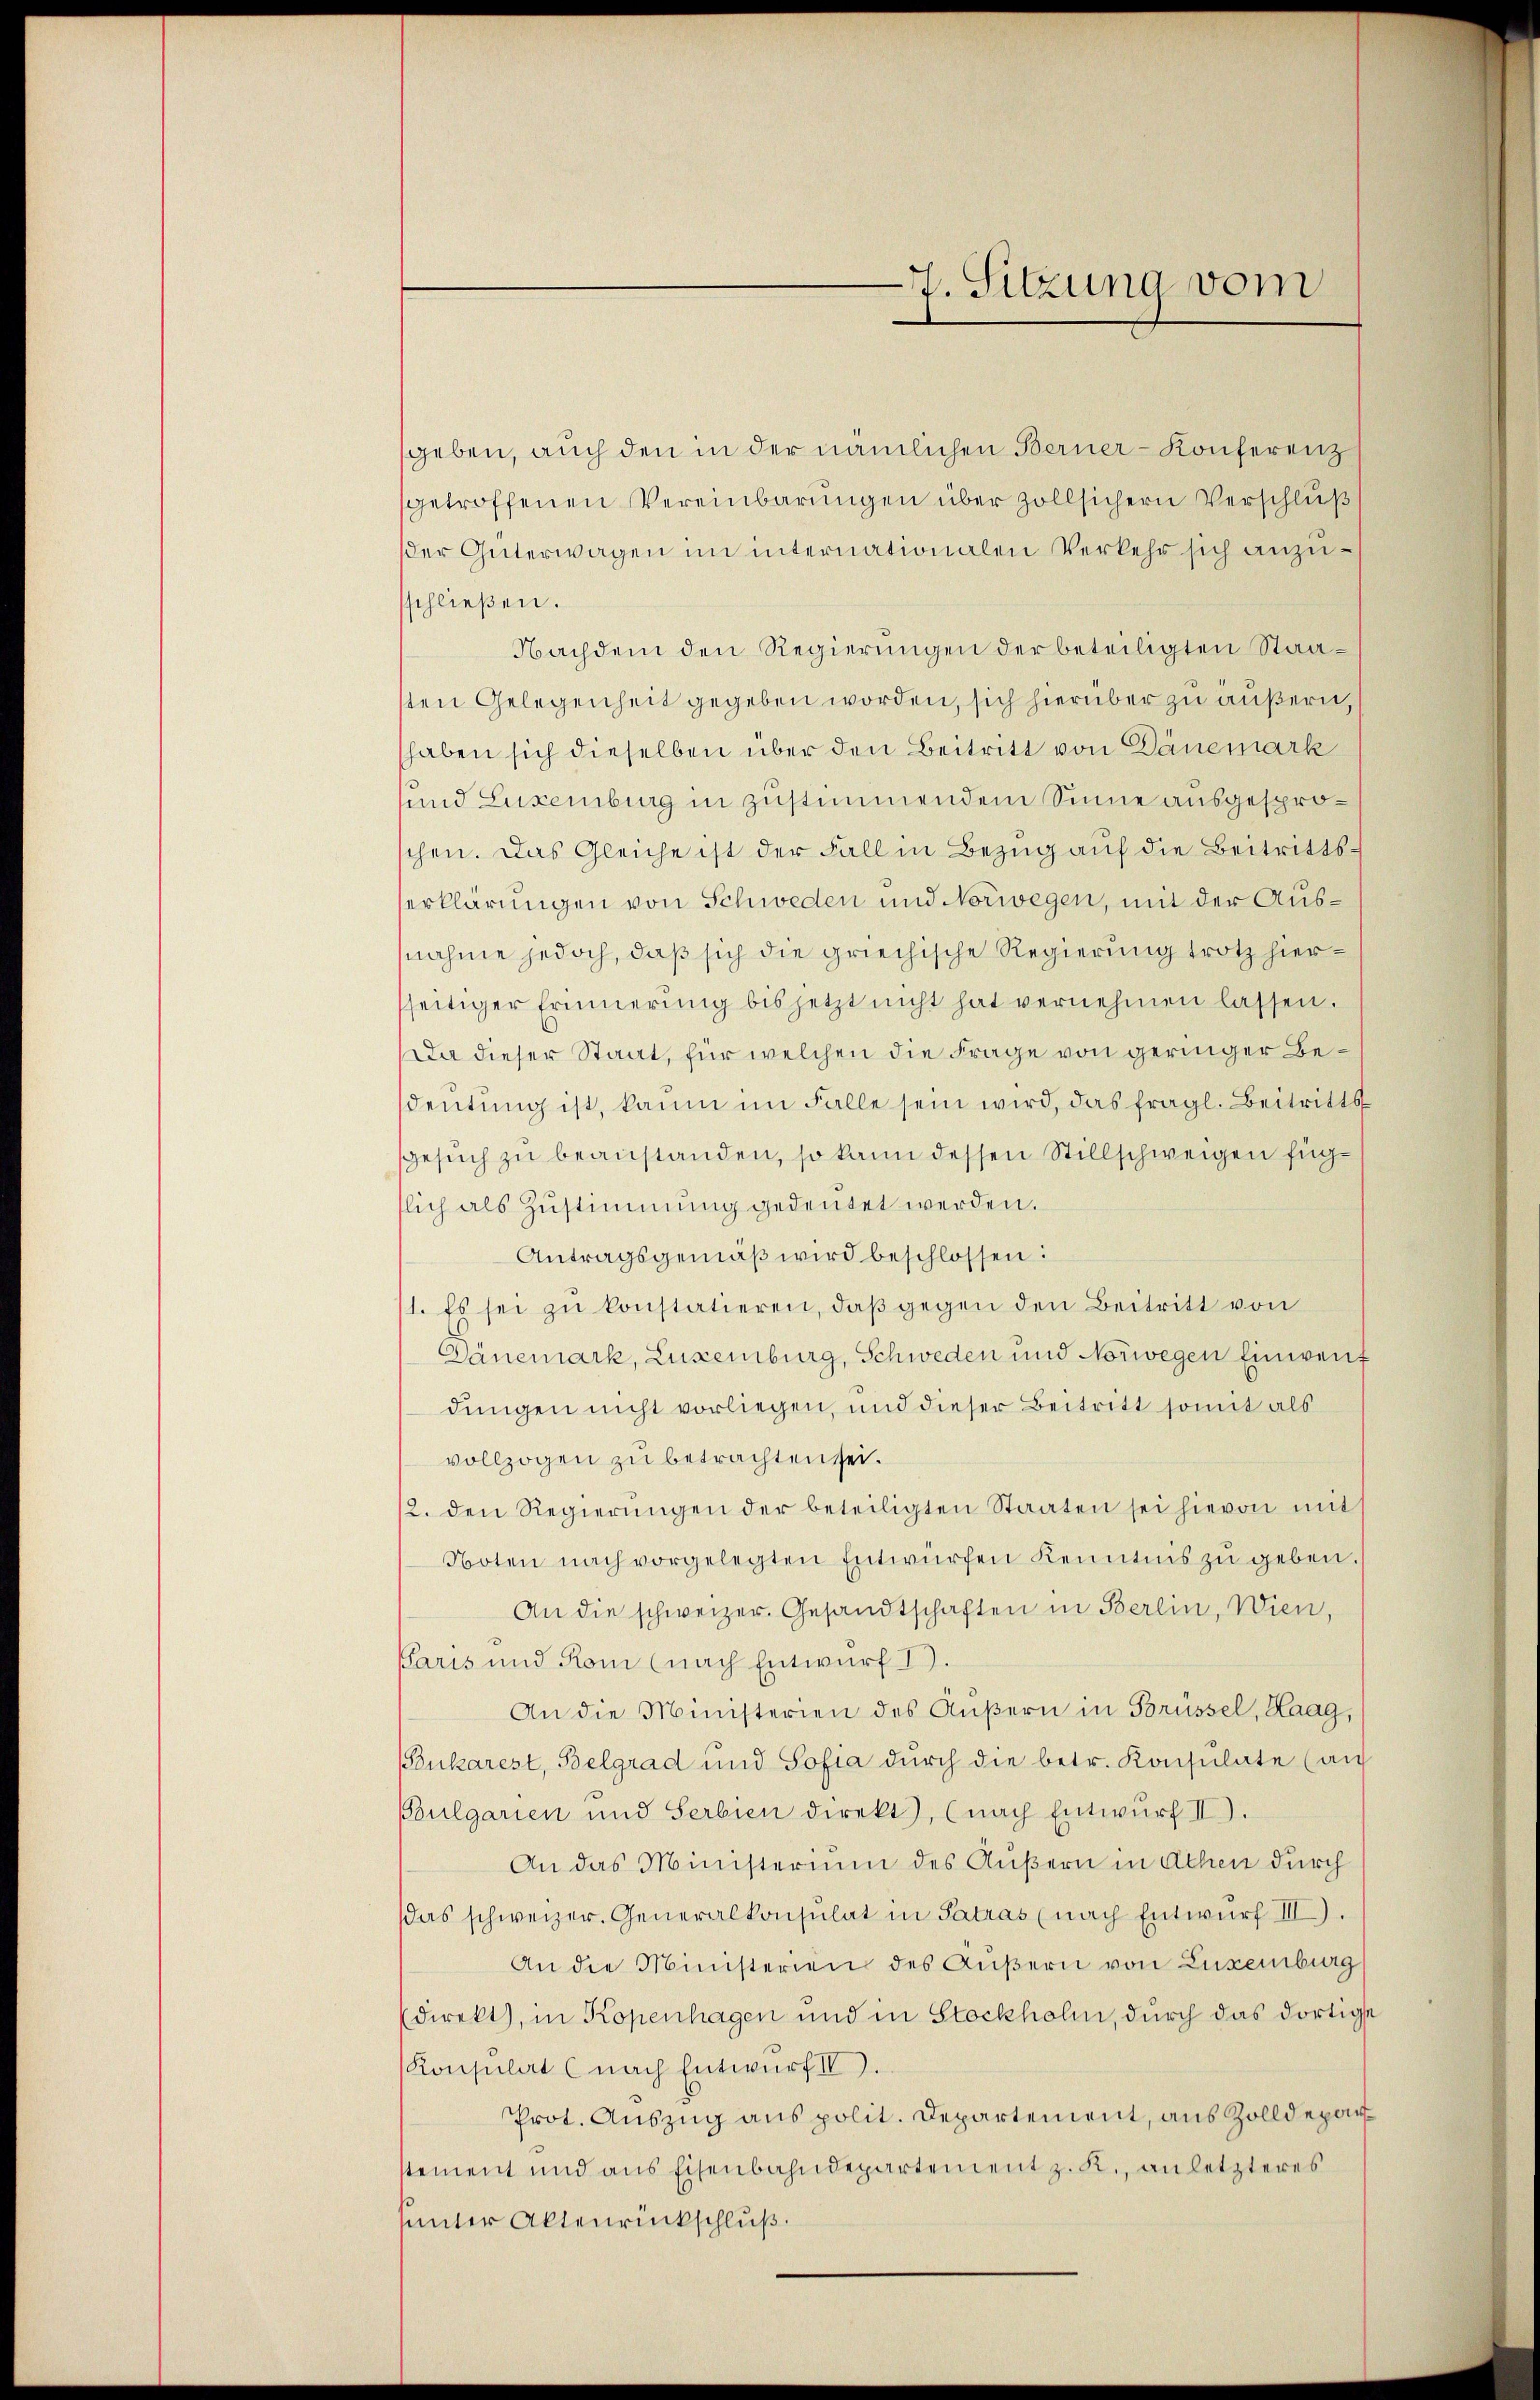
geben, auch den in der nämlichen Berner-Konferenz
getroffenen Vereinbarungen über zollsichern Verschluß
der Güterwagen im internationalen Verkehr sich anzusschließen.
Nachdem den Regierungen der beteiligten Staasten Gelegenheit gegeben worden, sich hierüber zu äußern,
haben sich dieselben über den Beitritt von Dänemark
und Luxenburg in zustimmendem Sinne ausgesprochen. Das Gleiche ist der Fall in Bezug auf die Beitrittserklärungen von Schweden und Norwegen, mit der Ausnahme jedoch, daß sich die griechische Regierung trotz hiersseitiger Erinnerung bis jetzt nicht hat vernehmen lassen.
Da dieser Staat, für welchen die Frage von geringer Bedeutung ist, kaum im Falle sein wird, das fragl. Beitritts
Gesuch zu beanstanden, so kann dessen Stillschweigen fügslich als Zŭstimmung gedeutet werden.
Antragsgemäβ wird beschlossen:
1. Es sei zŭ konstatieren, daβ gegen den Beitritt von
Dänemark, Luxenburg, Schweden und Norwegen Einweit
dungen nicht vorliegen, und dieser Beitritt somit als
vollzogen zu betrachten sei.
2. den Regierŭngen der beteiligten Staaten sei hievon mit
Boten nach vorgelegten Entwürfen kenntnis zŭ geben.
An die schweizer. Gesandtschaften in Berlin, Wien,
Paris und Rom (nach Entwurf I.
An die Ministerien des Äußern in Brüssel, Haag,
ukarest, Belgrad und Sofia dŭrch die betr. Konsulate (au
Bulgarien und Serbien direkt, (nach Entwŭrf II).
An das Ministerium des Äußern in Athen durch
das schweizer. Generalkonsulat in Patras (nach Entwurf III).
An die Ministerien des Äußern von Luxenburg
(direkt, in Kopenhagen und in Stockholm, durch das dortige
Konsulat (nach Entwurf IV.
Prot. Auszug aus polit. Departement, aus Zolldeparstement und aus Eisenbahndepartement z. K., an letzteres
uinter Aktenrückschluß.

7. Sitzung vom